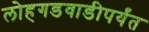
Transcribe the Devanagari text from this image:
लोहगडवाडीपर्यंत